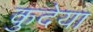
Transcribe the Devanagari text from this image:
कुदेया